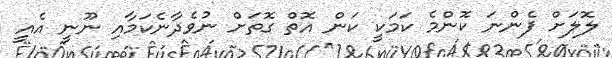
ލޮލަށް ފެންނަ ކޮންމެ ކަމަކީ ކަން އޮތް ގޮތަށް ނުވެދާނެކަމާއި ނޫނީ އެއީ